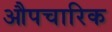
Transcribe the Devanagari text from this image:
औपचारिक